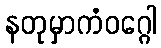
နတုမှာကံဝဂ္ဂေါ